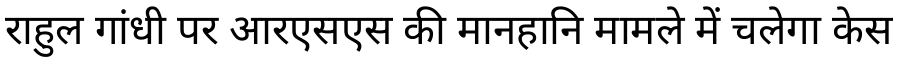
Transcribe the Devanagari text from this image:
राहुल गांधी पर आरएसएस की मानहानि मामले में चलेगा केस